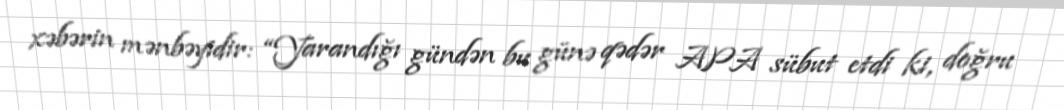
xəbərin mənbəyidir: “Yarandığı gündən bu günə qədər APA sübut etdi ki, doğru